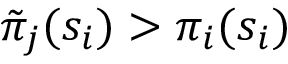
\tilde { \pi } _ { j } ( s _ { i } ) > \pi _ { i } ( s _ { i } )